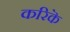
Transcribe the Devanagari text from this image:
करिकॆ